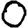
Digit: 0